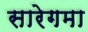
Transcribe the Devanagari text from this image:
सारेगमा